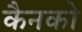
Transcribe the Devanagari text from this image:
कैनको